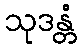
သုဒန္တံ